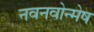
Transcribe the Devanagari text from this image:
नवनवोन्मेष